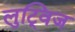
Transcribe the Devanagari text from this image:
लुट्विज